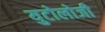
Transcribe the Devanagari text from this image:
युटोलोजी